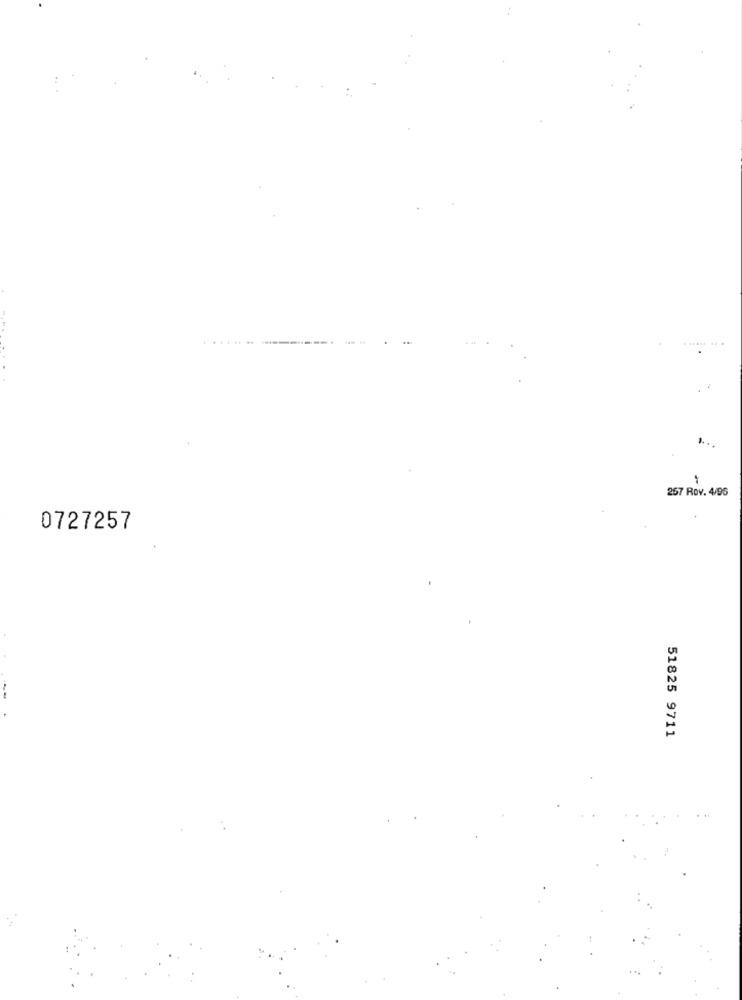
257 Rov. 4/96
0727257
51825 9711